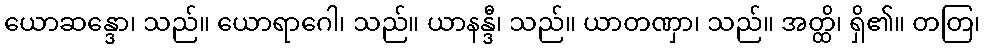
ယောဆန္ဒော၊ သည်။ ယောရာဂေါ၊ သည်။ ယာနန္ဒီ၊ သည်။ ယာတဏှာ၊ သည်။ အတ္ထိ၊ ရှိ၏။ တတြ၊